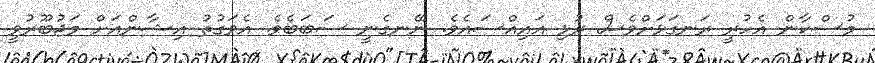
މުސްކާން އެހުރީ ރަނގަޅަށްވެސް ރުޅި އައިއްސައެވެ. ނޭނގެނީ ސަބަބެވެ. އެވަގުތު އިޝާންއަށް މަޖުބޫރުވީ